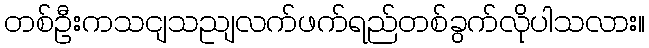
တစ်ဦးကသငျသညျလက်ဖက်ရည်တစ်ခွက်လိုပါသလား။